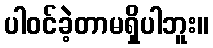
ပါဝင်ခဲ့တာမရှိပါဘူး။